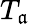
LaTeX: T_{\mathfrak{a}}